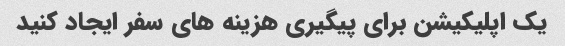
یک اپلیکیشن برای پیگیری هزینه های سفر ایجاد کنید